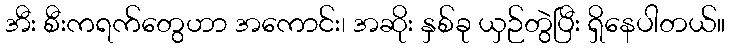
အီး စီးကရက်တွေဟာ အကောင်း၊ အဆိုး နှစ်ခု ယှဉ်တွဲပြီး ရှိနေပါတယ်။